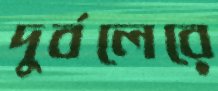
দুর্বলেরে